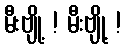
မီးဗျို့ ! မီးဗျို့ !